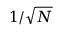
1 / \sqrt { N }